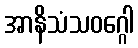
အာနိသံသဝဂ္ဂေါ